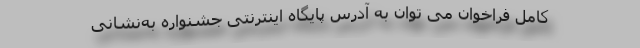
کامل فراخوان می توان به آدرس‌ پایگاه ‌اینترنتی‌ جشنواره به‌نشانی